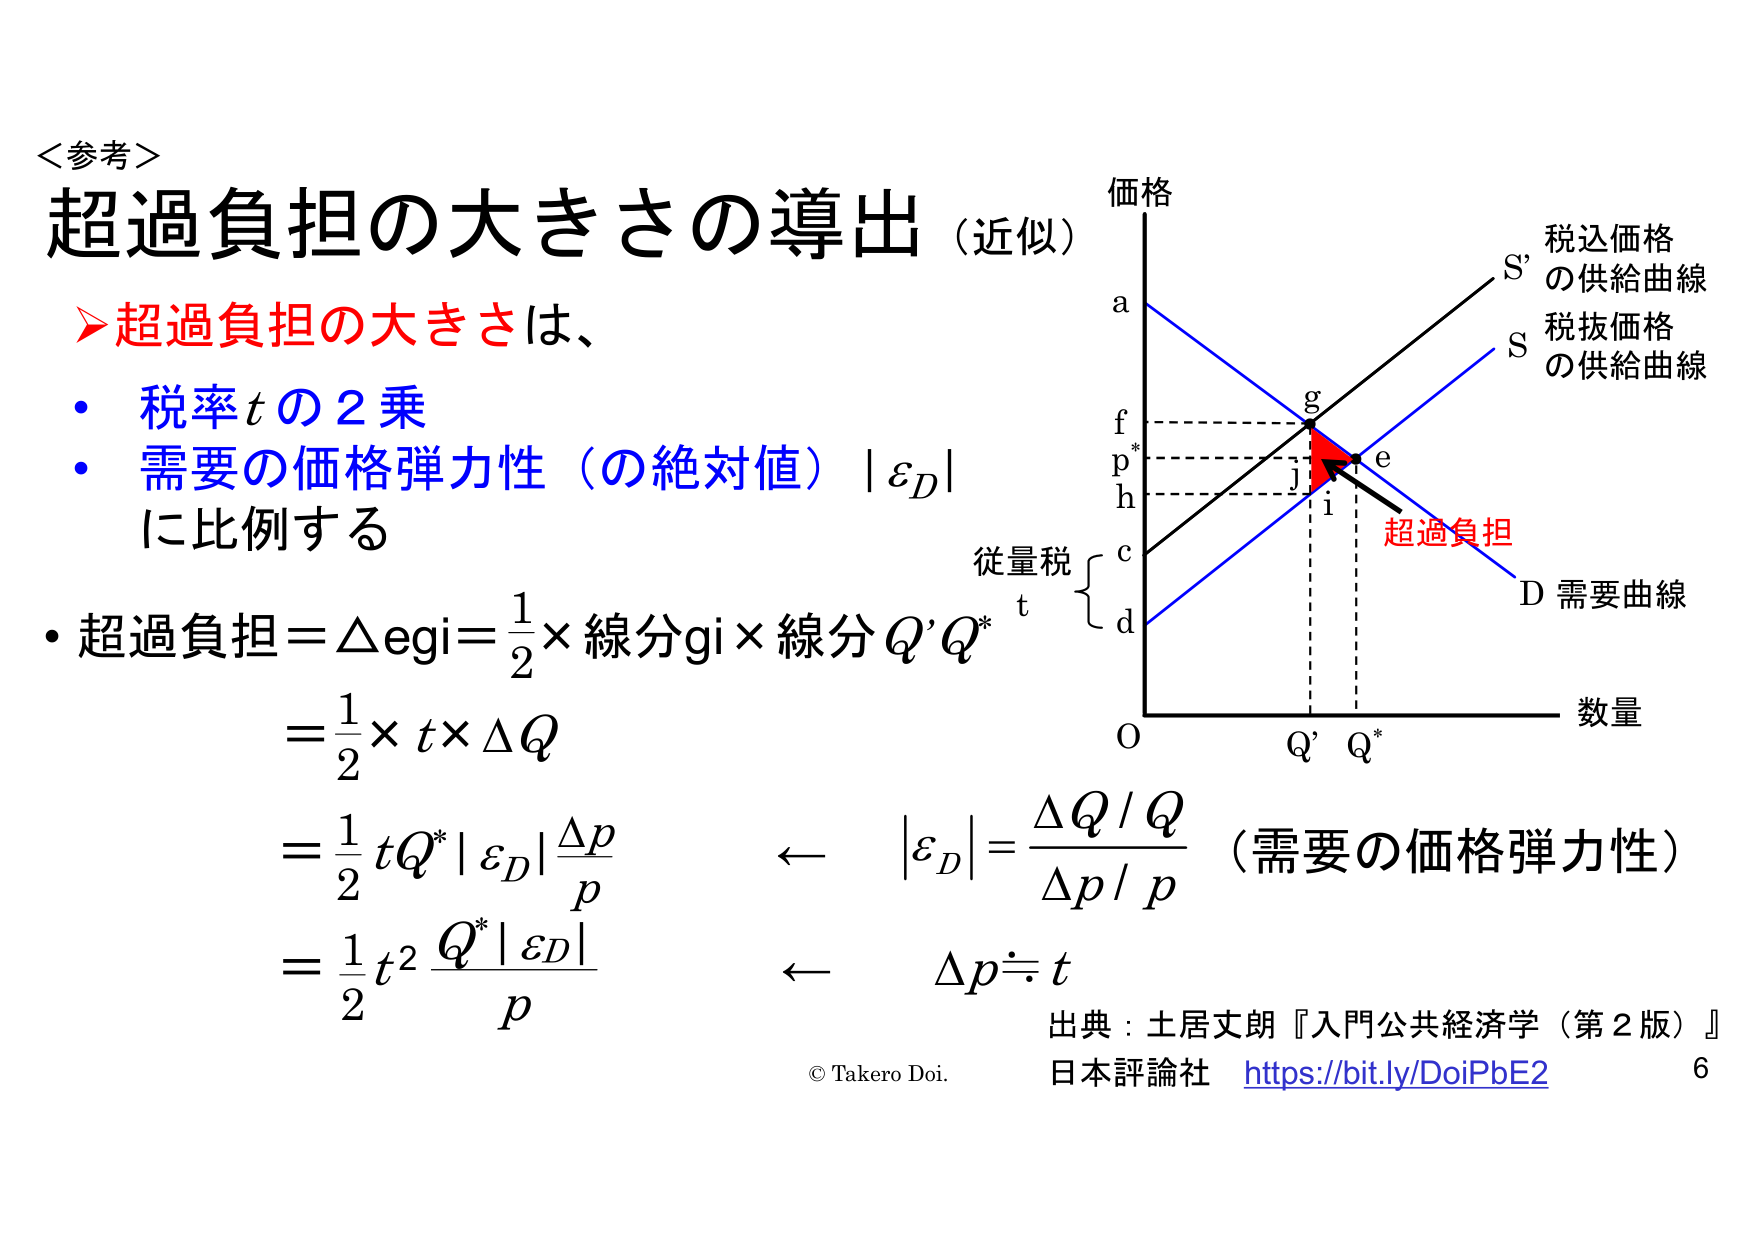
＜参考＞
超過負担の大きさの導出（近似）
➤超過負担の大きさは、
・税率tの2乗
・需要の価格弾力性（の絶対値）｜εD｜
に比例する
・超過負担＝△egi＝1/2×線分gi×線分Q’Q*
　＝1/2×t×△Q
　＝1/2 tQ*｜εD｜(△p/p)
　＝1/2 t² Q*｜εD｜/p
　←｜εD｜＝△Q/Q / △p/p （需要の価格弾力性）
　←△p≒t
価格
a
f
p*
h
c
d
O
Q’
Q*
数量
従量税
t
S’
税込価格
の供給曲線
S
税抜価格
の供給曲線
D 需要曲線
超過負担
g
e
j
i
出典：土居丈朗『入門公共経済学（第2版）』
日本評論社 https://bit.ly/DoiPbE2
© Takero Doi.
6